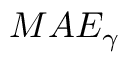
M A E _ { \gamma }